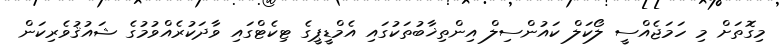
މިގޮތަށް މި ހަމަޖެއްސީ ލޯކަލް ކައުންސިލް އިންތިޚާބުތަކުގައި އެމްޑީޕީގެ ޓިކެޓްގައި ވާދަކުރެއްވުމުގެ ޝައުޤުވެރިކަން